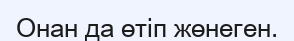
Онан да өтіп жөнеген.